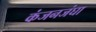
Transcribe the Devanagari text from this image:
कंजनजंघा